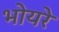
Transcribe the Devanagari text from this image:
भोयरे